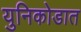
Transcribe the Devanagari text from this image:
युनिकोडात